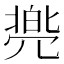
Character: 𱏫